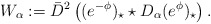
\begin{align*}W_\alpha:=\bar D^2\left((e^{-\phi})_\star\star D_\alpha(e^\phi)_\star\right).\end{align*}